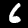
Label: 6